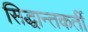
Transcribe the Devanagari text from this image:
सिद्धान्तकर्ती